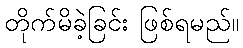
တိုက်မိခဲ့ခြင်း ဖြစ်ရမည်။